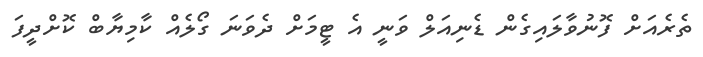
ތެރެއަށް ފޮނުވާލައިގެން ޑެނިއަލް ވަނީ އެ ޓީމަށް ދެވަނަ ގޯލެއް ކާމިޔާބް ކޮށްދީފަ